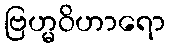
ဗြဟ္မဝိဟာရော